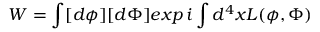
W = \int [ d \phi ] [ d \Phi ] e x p \, i \int d ^ { 4 } x { \cal L } ( \phi , \Phi )